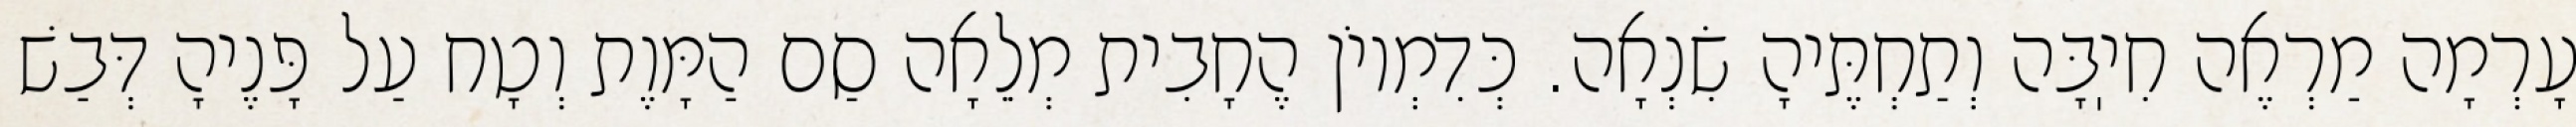
עָרְמָה מַרְאֶה חִיֽבָּה וְתַחְתֶּיהָ שִׂנְאָה. כְּדִמְיוֹן הֶחָבִית מְלֵאָה סַם הַמָּוֶת וְטָח עַל פָּנֶיהָ דְּבַשׁ